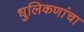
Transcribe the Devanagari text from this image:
धुलिकणांचा